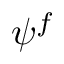
\psi ^ { f }